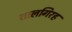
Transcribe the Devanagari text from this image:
शालगिरह